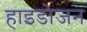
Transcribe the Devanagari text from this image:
हाइडोजन